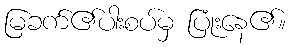
မြခက်၏ပါးစပ်မှ ပြုံးနေ၏။